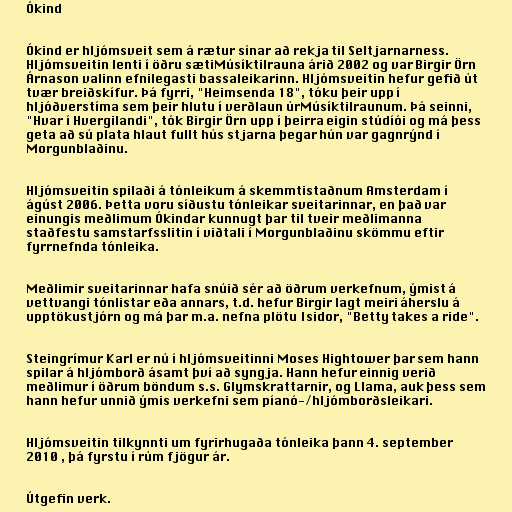
Ókind

Ókind er hljómsveit sem á rætur sínar að rekja til Seltjarnarness.
Hljómsveitin lenti í öðru sætiMúsíktilrauna árið 2002 og var Birgir Örn
Árnason valinn efnilegasti bassaleikarinn. Hljómsveitin hefur gefið út
tvær breiðskífur. Þá fyrri, "Heimsenda 18", tóku þeir upp í
hljóðverstíma sem þeir hlutu í verðlaun úrMúsíktilraunum. Þá seinni,
"Hvar í Hvergilandi", tók Birgir Örn upp í þeirra eigin stúdíói og má þess
geta að sú plata hlaut fullt hús stjarna þegar hún var gagnrýnd í
Morgunblaðinu.

Hljómsveitin spilaði á tónleikum á skemmtistaðnum Amsterdam í
ágúst 2006. Þetta voru síðustu tónleikar sveitarinnar, en það var
einungis meðlimum Ókindar kunnugt þar til tveir meðlimanna
staðfestu samstarfsslitin í viðtali í Morgunblaðinu skömmu eftir
fyrrnefnda tónleika.

Meðlimir sveitarinnar hafa snúið sér að öðrum verkefnum, ýmist á
vettvangi tónlistar eða annars, t.d. hefur Birgir lagt meiri áherslu á
upptökustjórn og má þar m.a. nefna plötu Isidor, "Betty takes a ride".

Steingrímur Karl er nú í hljómsveitinni Moses Hightower þar sem hann
spilar á hljómborð ásamt því að syngja. Hann hefur einnig verið
meðlimur í öðrum böndum s.s. Glymskrattarnir, og Llama, auk þess sem
hann hefur unnið ýmis verkefni sem píanó-/hljómborðsleikari.

Hljómsveitin tilkynnti um fyrirhugaða tónleika þann 4. september
2010 , þá fyrstu í rúm fjögur ár.

Útgefin verk.